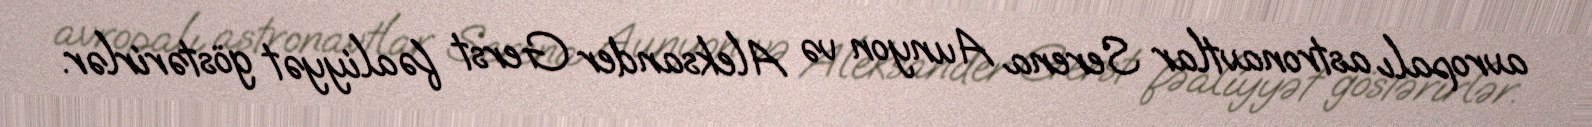
avropalı astronavtlar Serena Aunyon və Aleksander Gerst fəaliyyət göstərirlər.